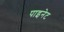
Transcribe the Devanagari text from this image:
पाइनेट